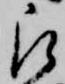
被